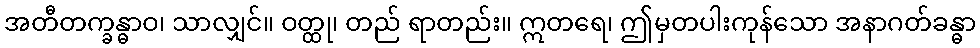
အတီတက္ခန္ဓာဝ၊ သာလျှင်။ ဝတ္ထု၊ တည် ရာတည်း။ ဣတရေ၊ ဤမှတပါးကုန်သော အနာဂတ်ခန္ဓာ